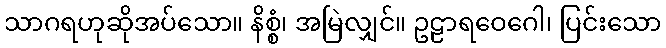
သာဂရဟုဆိုအပ်သော။ နိစ္စံ၊ အမြဲလျှင်။ ဥဠာရဝေဂေါ၊ ပြင်းသော